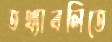
তথ্যাবলিতে